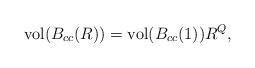
LaTeX: \begin{align*} \operatorname{vol}(B_{cc}(R))=\operatorname{vol}(B_{cc}(1))R^Q,\end{align*}